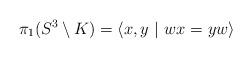
LaTeX: \begin{align*}\pi_1(S^3\setminus K)=\langle x,y\ |\ wx=yw \rangle\end{align*}